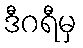
ဒီဂရီမှ